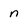
Character: n